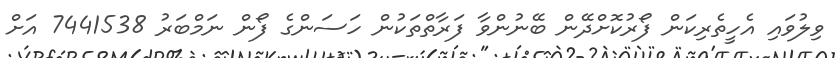
ވިލުވައި އެހީތެރިކަން ފޯރުކޮށްދޭން ބޭނުންވާ ފަރާތްތަކުން ހަސަންގެ ފޯން ނަމްބަރު 7441538 އަށް